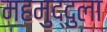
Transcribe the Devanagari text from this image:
महमुद्दुला